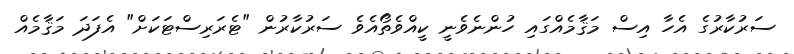
ސަރުކާރުގެ އެހާ އިސް މަޤާމެއްގައި ހުންނެވެނީ ކީއްވެތޯއެވެ ސަރުކާރުން "ޓެރަރިސްޓަކަށް" އެފަދަ މަޤާމެއް